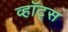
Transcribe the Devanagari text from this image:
व्हॉट्स